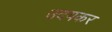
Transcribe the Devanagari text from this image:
उदयकर